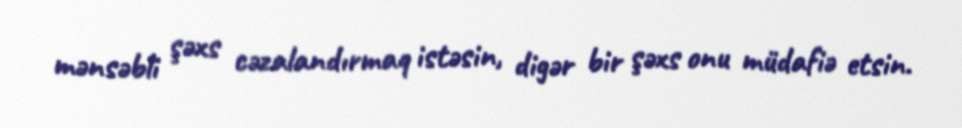
mənsəbli şəxs cəzalandırmaq istəsin, digər bir şəxs onu müdafiə etsin.